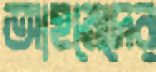
আহমেদের